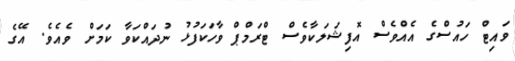
ވައިޓް ހައުސްގެ އެއްވެސް އޮފިޝަލަކާވެސް ޓްރަމްޕް ވާހަކަފުޅު ނުދައްކަވާ ކަމަށް ވެއެވެ. އޭގެ